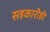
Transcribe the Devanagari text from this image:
सहकारीही